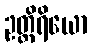
ဥတ္တိရိယော